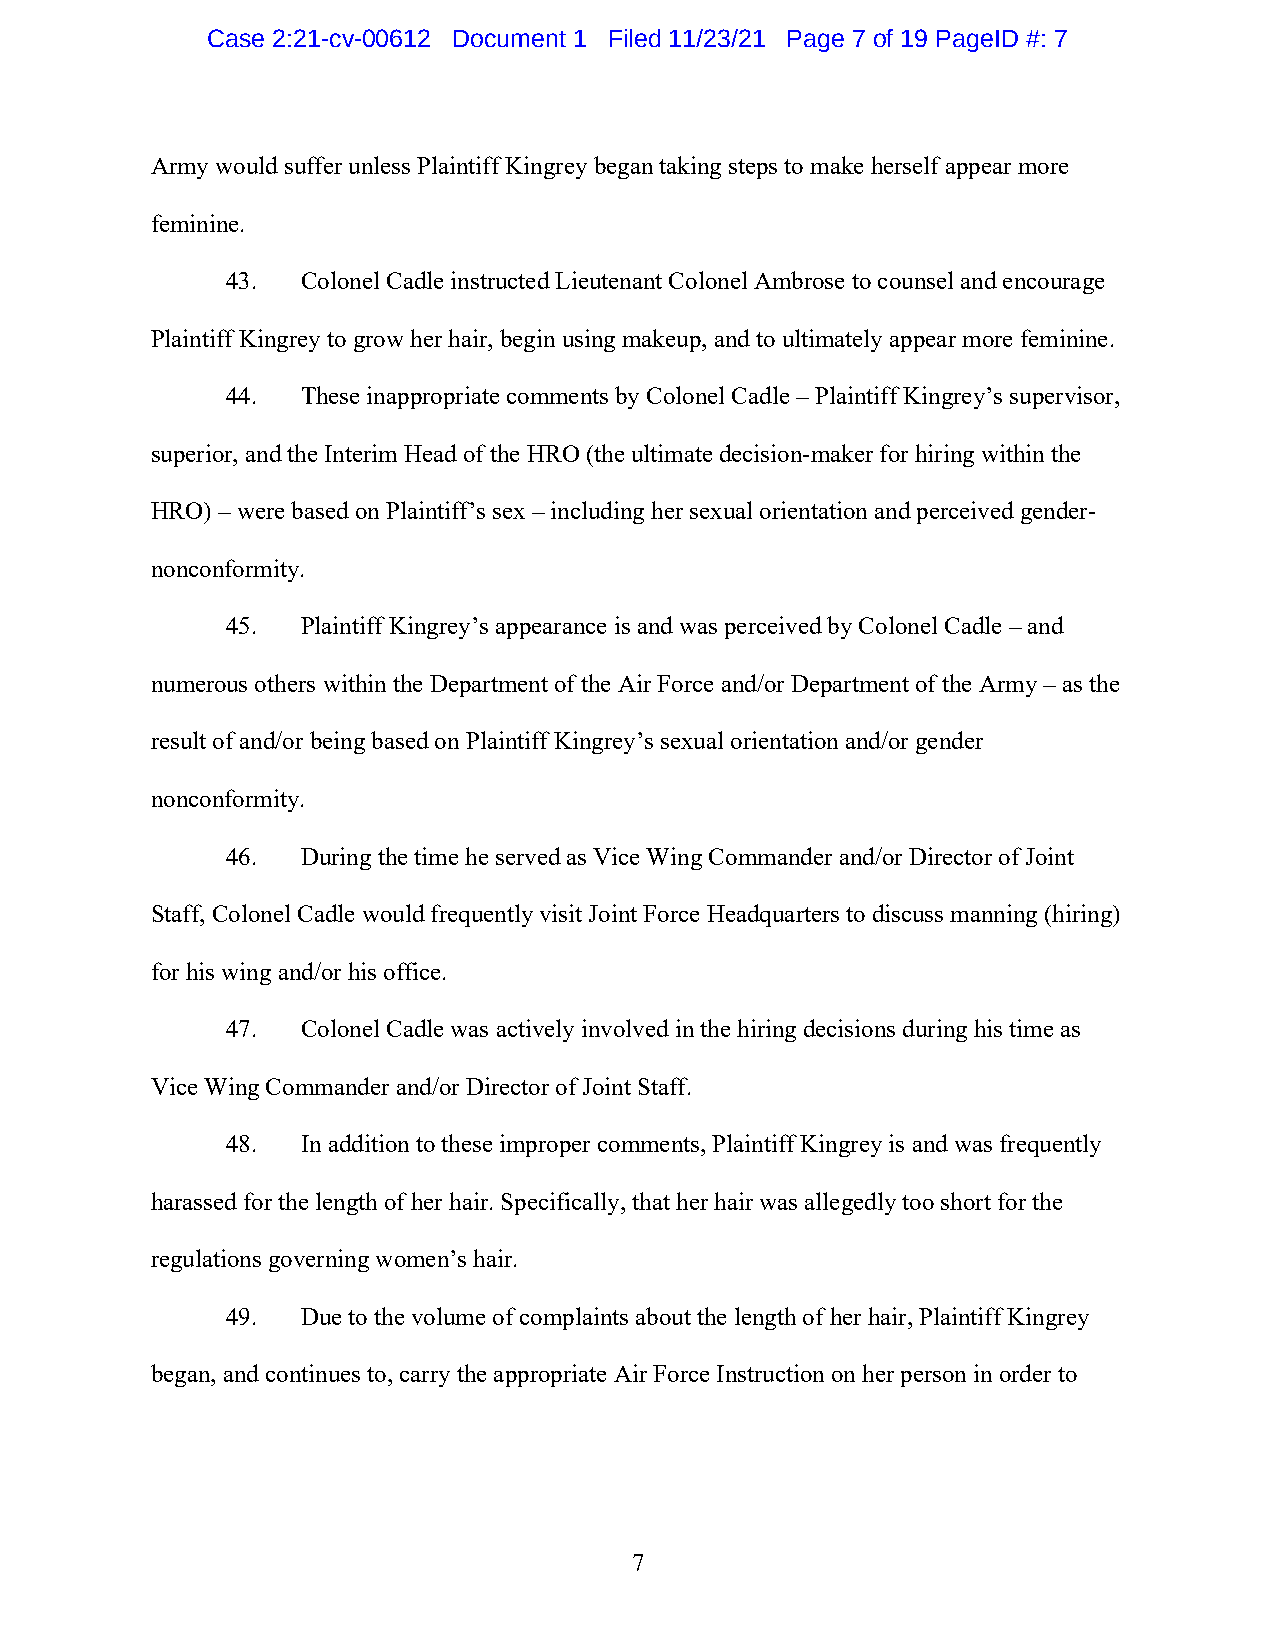
Case 2:21-cv-00612 Document 1 Filed 11/23/21 Page 7 of 19 PageID #: 7
 Army would suffer unless Plaintiff Kingrey began taking steps to make herself appear more
 feminine.
 43.  Colonel Cadle instructed Lieutenant Colonel Ambrose to counsel and encourage
 Plaintiff Kingrey to grow her hair, begin using makeup, and to ultimately appear more feminine.
 44.  These inappropriate comments by Colonel Cadle – Plaintiff Kingrey’s supervisor,
 superior, and the Interim Head of the HRO (the ultimate decision-maker for hiring within the
 HRO) – were based on Plaintiff’s sex – including her sexual orientation and perceived gender-
 nonconformity.
 45.  Plaintiff Kingrey’s appearance is and was perceived by Colonel Cadle – and
 numerous others within the Department of the Air Force and/or Department of the Army – as the
 result of and/or being based on Plaintiff Kingrey’s sexual orientation and/or gender
 nonconformity.
 46.  During the time he served as Vice Wing Commander and/or Director of Joint
 Staff, Colonel Cadle would frequently visit Joint Force Headquarters to discuss manning (hiring)
 for his wing and/or his office.
 47.  Colonel Cadle was actively involved in the hiring decisions during his time as
 Vice Wing Commander and/or Director of Joint Staff.
 48.  In addition to these improper comments, Plaintiff Kingrey is and was frequently
 harassed for the length of her hair. Specifically, that her hair was allegedly too short for the
 regulations governing women’s hair.
 49.  Due to the volume of complaints about the length of her hair, Plaintiff Kingrey
 began, and continues to, carry the appropriate Air Force Instruction on her person in order to
 7